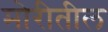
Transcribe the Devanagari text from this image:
मोरीतील